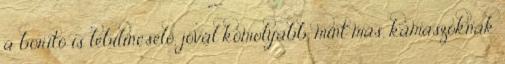
a borító is lebilincselő, jóval komolyabb, mint más, kamaszoknak